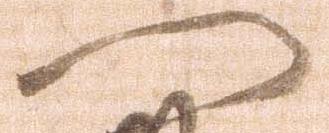
へ